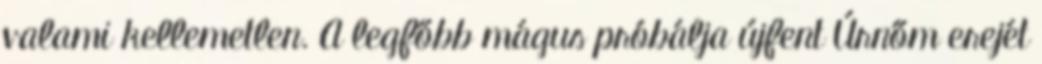
valami kellemetlen. A legfőbb mágus próbálja újfent Úrnőm erejét